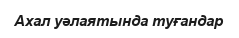
Ахал уәлаятында туғандар